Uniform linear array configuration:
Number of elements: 8
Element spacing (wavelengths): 1
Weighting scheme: hamming
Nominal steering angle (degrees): -30
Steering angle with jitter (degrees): -29.973
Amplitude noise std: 0.05
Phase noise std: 0.05

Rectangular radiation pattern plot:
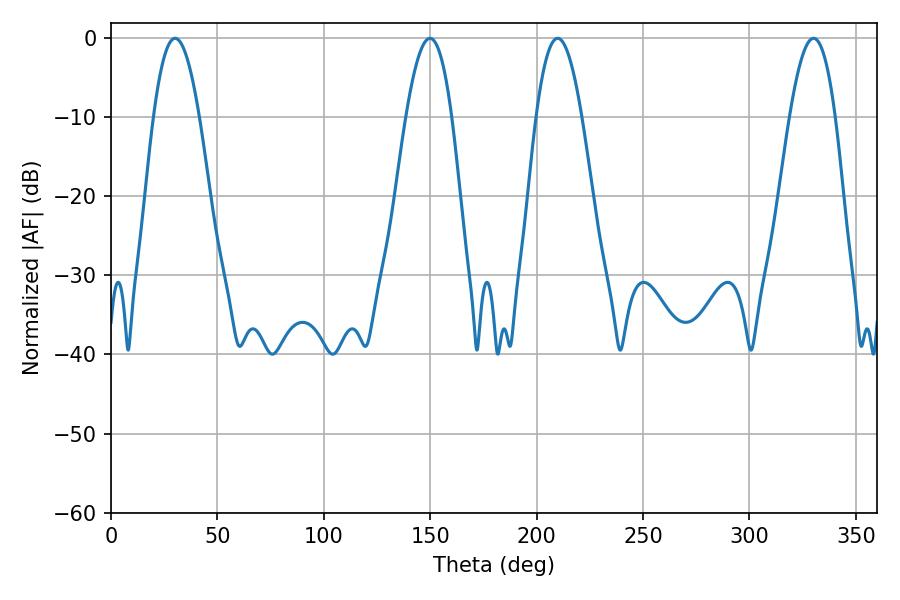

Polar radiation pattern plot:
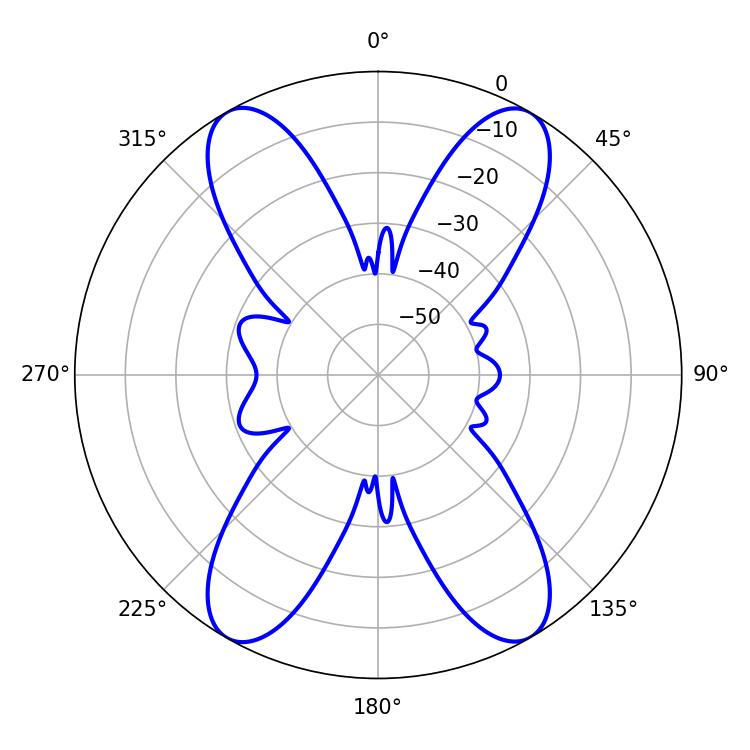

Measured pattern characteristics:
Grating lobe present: TRUE
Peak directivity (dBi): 30.403
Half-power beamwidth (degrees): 11.7
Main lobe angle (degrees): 209.88